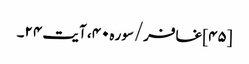
[۴۵] غافر/سوره۴۰، آیت ۲۴۔